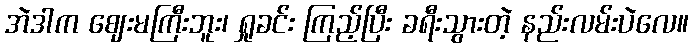
အဲဒါက ဈေးမကြီးဘူး၊ ရှုခင်း ကြည့်ပြီး ခရီးသွားတဲ့ နည်းလမ်းပဲလေ။